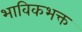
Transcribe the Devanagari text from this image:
भाविकभक्त